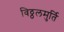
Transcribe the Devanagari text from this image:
विठ्ठलमुर्ति